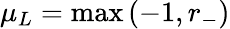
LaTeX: \mu_{L}=\operatorname*{max}\left(-1,r_{-}\right)